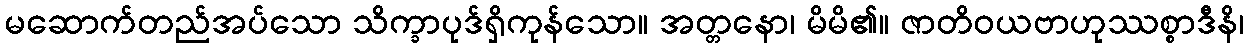
မဆောက်တည်အပ်သော သိက္ခာပုဒ်ရှိကုန်သော။ အတ္တနော၊ မိမိ၏။ ဇာတိဝယဗာဟုဿစ္စာဒီနိ၊